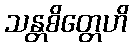
သန္တစိတ္တေဟိ